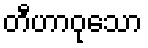
တီဟာဝုသော